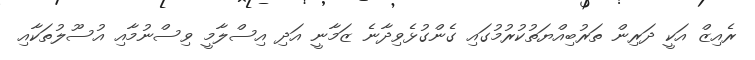
ރެއިޒް އަކީ ދަރިން ތަރުބިއްޔަތުކުރުމުގައި ގެންގުޅެވިދާނެ ޒަމާނީ އަދި އިސްލާމީ ވިސްނުމާއި އުސޫލުތަކާއި